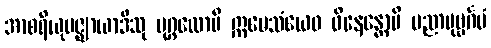
အာစရိယုပဇ္ဈာယာဒီသု ပုဂ္ဂလောပိ ဣမေသံယေဝ ဝိနေန္တောပိ ပညာပုဗ္ဗင်္ဂမံ